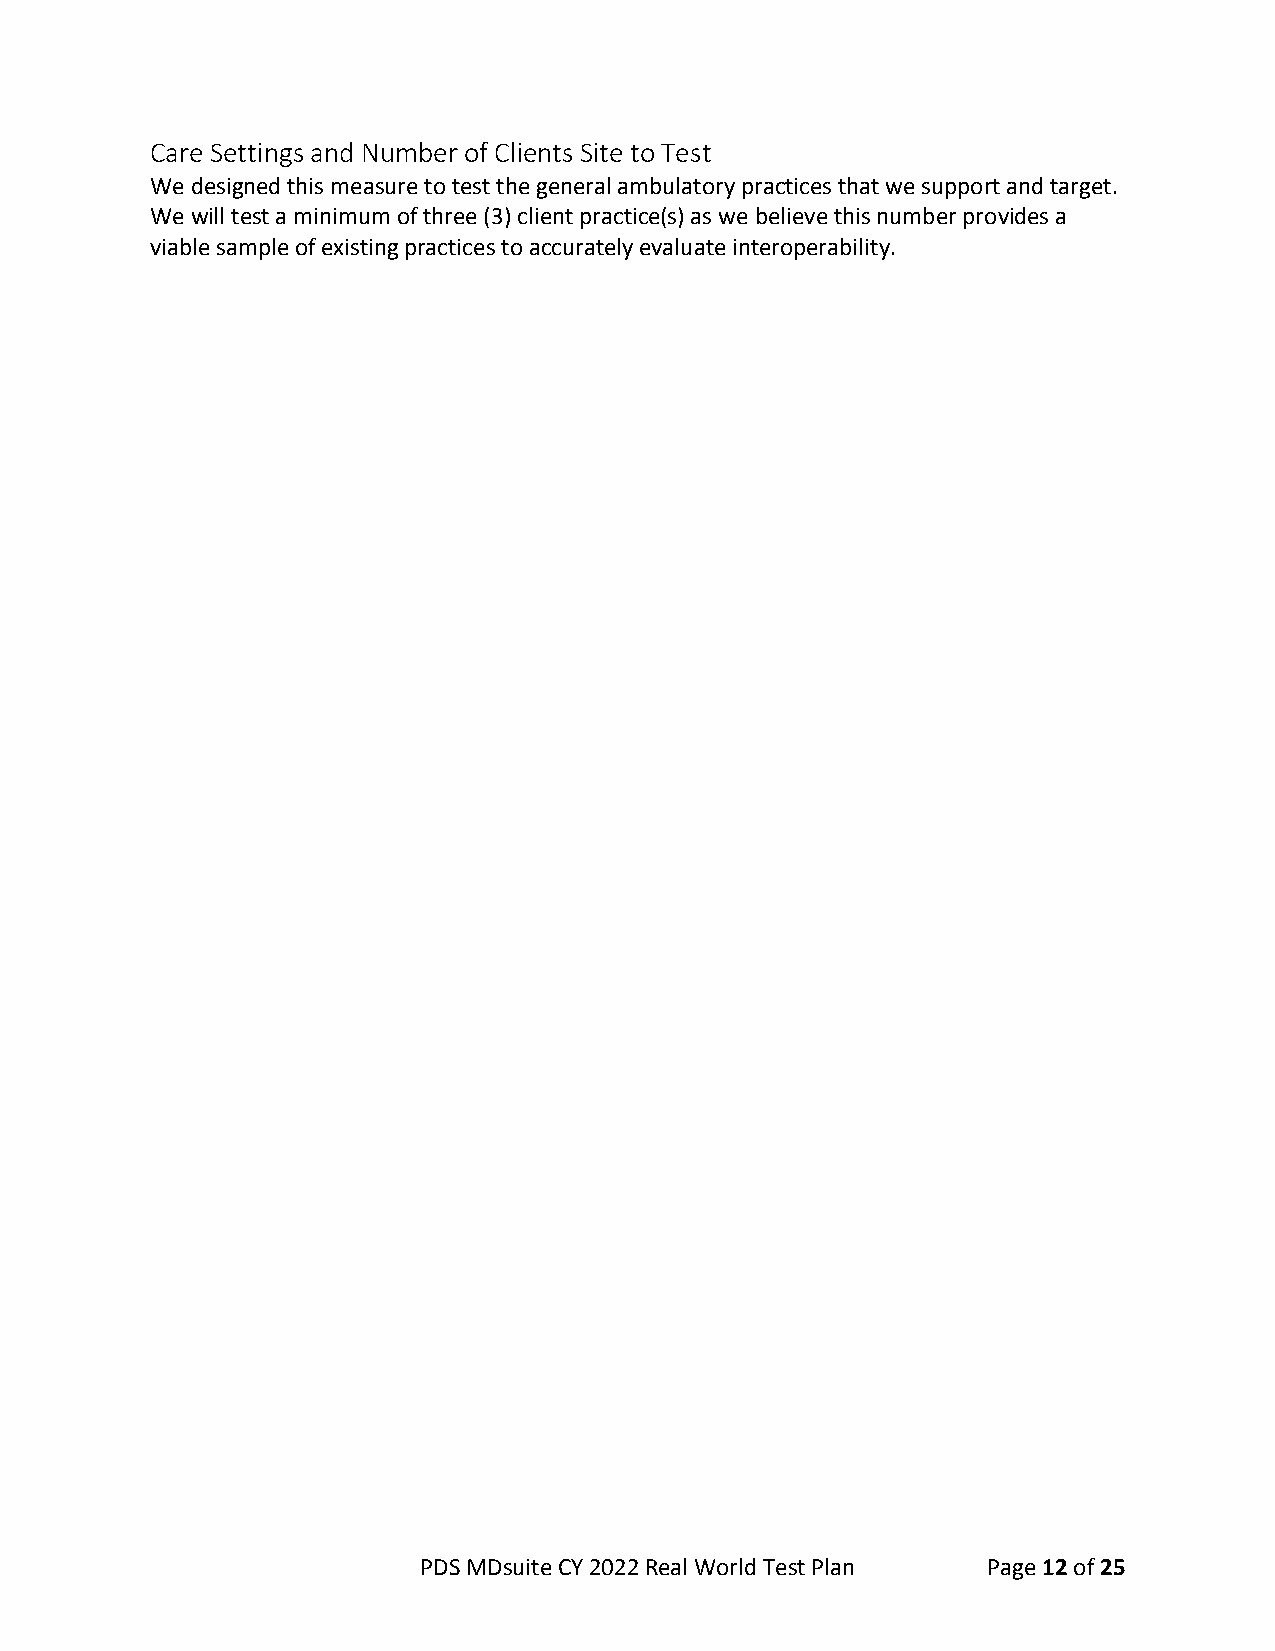
Care Settings and Number of Clients Site to Test
 We designed this measure to test the general ambulatory practices that we support and target.
 We will test a minimum of three (3) client practice(s) as we believe this number provides a
 viable sample of existing practices to accurately evaluate interoperability.
 PDS MDsuite CY 2022 Real World Test Plan Page 12 of 25